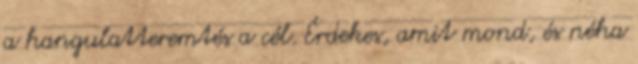
a hangulatteremtés a cél. Érdekes, amit mond, és néha